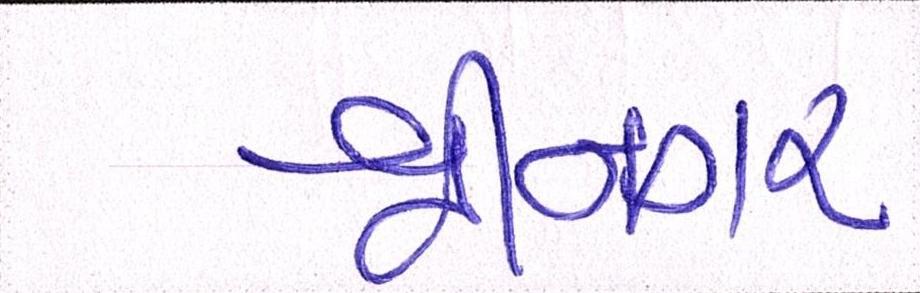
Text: શ્રીનગર